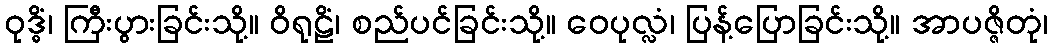
ဝုဒ္ဓိံ၊ ကြီးပွားခြင်းသို့။ ဝိရုဠိံ၊ စည်ပင်ခြင်းသို့။ ဝေပုလ္လံ၊ ပြန့်ပြောခြင်းသို့။ အာပဇ္ဇိတုံ၊